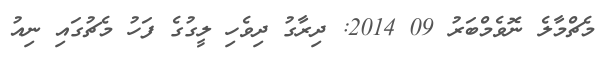
މެޗްމާލެ ނޮވެމްބަރު 09 2014: ދިރާގު ދިވެހި ލީގުގެ ފަހު މެޗުގައި ނިއު